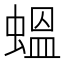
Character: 蝹